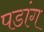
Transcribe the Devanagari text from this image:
पडांग